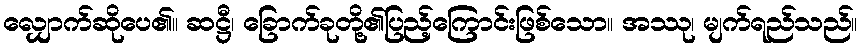
လျှောက်ဆိုပေ၏။ ဆဋ္ဌီ၊ ခြောက်ခုတို့၏ပြည့်ကြောင်းဖြစ်သော။ အဿု၊ မျက်ရည်သည်။